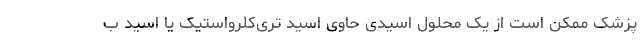
پزشک ممکن است از یک محلول اسیدی حاوی اسید تری‌کلرواستیک یا اسید ب